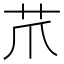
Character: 𦬔